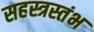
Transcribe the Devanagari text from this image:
सहस्त्रस्तंभ